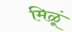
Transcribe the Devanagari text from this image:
मिळूं